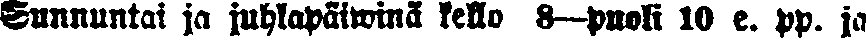
Sunnuntai ja juhlapäiwinä kello 8—puoli 10 e. pp. ja